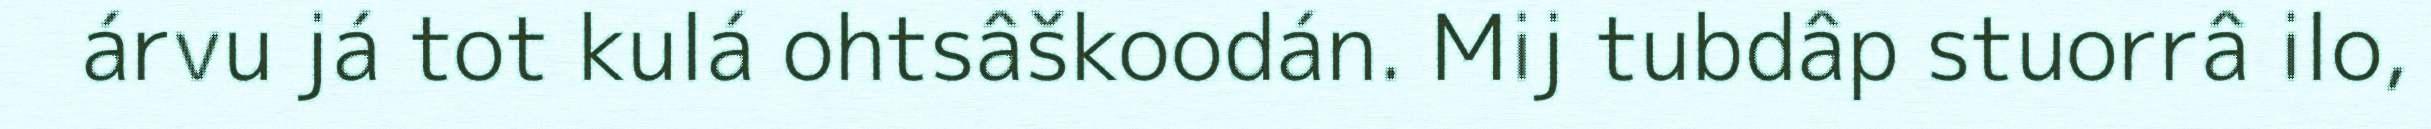
árvu já tot kulá ohtsâškoodán. Mij tubdâp stuorrâ ilo,